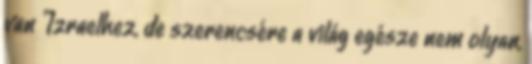
van Izraelhez, de szerencsére a világ egésze nem olyan,